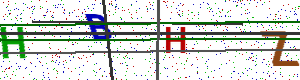
Text: HBHZ